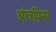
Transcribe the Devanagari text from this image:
आंत्रप्रिनर